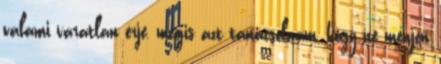
valami váratlan érje, mégis azt tanácsolnám, hogy ne menjen